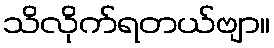
သိလိုက်ရတယ်ဗျာ။